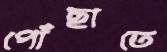
পোঁছাতে